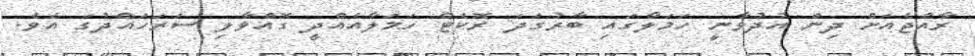
ރާއްޖެއަށް ދިން އުދުވާނީ ހަމަލާގައި ބާރުގަދަ ރޮކެޓް ހަމަލާއެއްދީ ގޮއްވާލި ސަރަހައްދުގަ އެވެ.